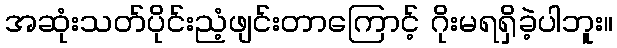
အဆုံးသတ်ပိုင်းညံ့ဖျင်းတာကြောင့် ဂိုးမရရှိခဲ့ပါဘူး။